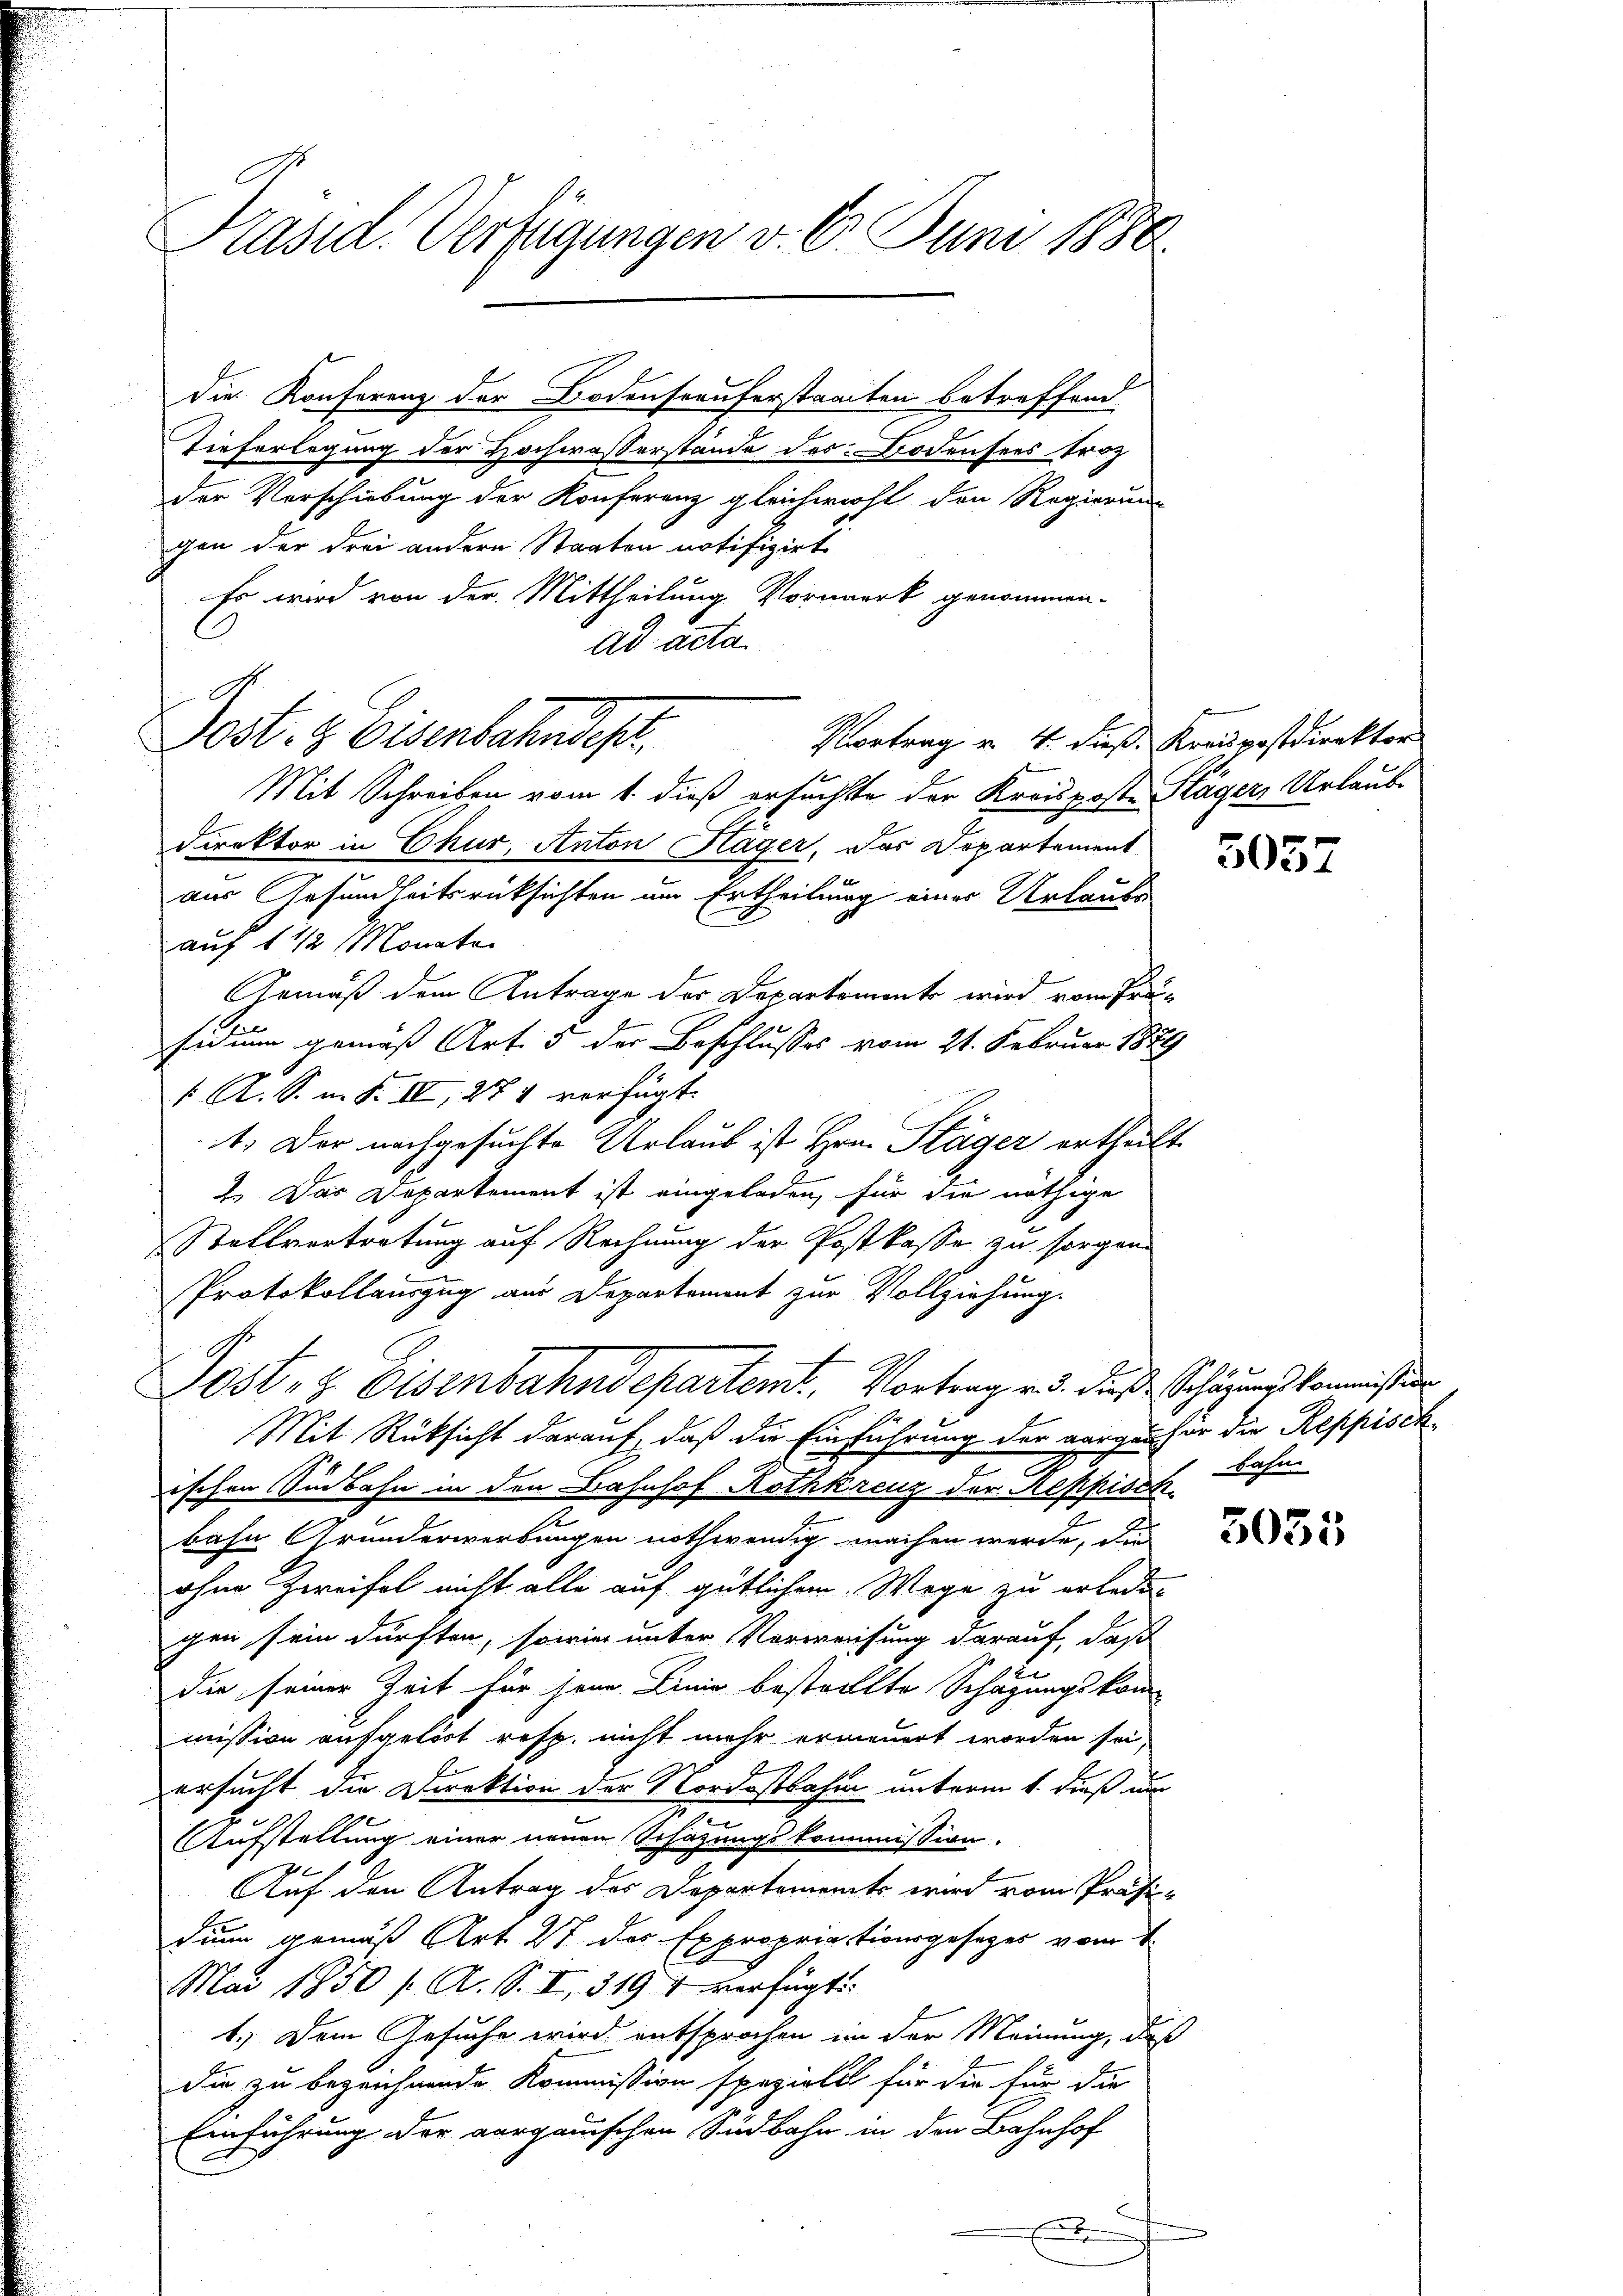
Präsid. Verfügungen v. 6. Juni 1880

Die Konferenz der Bodenseeuferstaaten betreffend
Tieferlegung der Hochwasserstände des Bodensees trot
der Verschiebung der Konferenz gleichwohl den Regierung
gen der drei andern Staaten notifizirt
Es wird von der Mittheilung Vorwerk genommen.
ad acta.
Post. H. Eisenbehandes.
Mit Schreiben vom 1. dieß ersuchte der Kreisposte Klägers Urlaub-
Direktor in Chur, Anton Häger, das Departement
aus Gesundheitsrücksichten um Ertheilung einer Urlaufe
auf 1 1/2 Monate
Gemäß dem Antrage der Departements wird vom Präsidium gemäß Art. 5 der Beschlusses vom 21. Februar 1889
1. A. S. m. S. II, 274 verfügt:
t. Der nachgesuchte Urlaub ist Hrn. Stäger ertheilt
1. Das Departement ist eingeladen, für die nöthige
Stollvertretung auf Rechnung der Postkasse zu sorgen
Protokollauszug aus Departement zur Vollziehung.
Post- & Eisenbahndepartemt. Vortrag u. d. dieß Schäzens kommission
Mit Rücksicht darauf, daß die Einführung der vorgenher die Reppisch
ischen Sinbahn in den Bahnhof Rothkreuz der Reppisch.
n
bahn Grunderwerbungen nothwendig machen werde, die
ohne Zweifel nicht alle auf gütlichem Wege zu erlede
gen sein dürften, sowie unter Verweisung darauf, daß
die seiner Zeit für jene Linie bestrollte Schazungskom-
mission aufgelöst resp. nicht mehr erneuert worden sei,
ersucht die Direktion der Nordostbahn unterm 1. Fuß um
Aufstellung einer neuen Schazungskommission.
b
Auf den Antrag des Departements wird vom Präsi-
din gemäß Art. 27 des Expropriationsgesezes vom 1.
Mai 1850 / A. S. II 319 t verfügt:
1.) Dem Gesuche wird entsprochen in der Meinung, daß
die zu bezeichnende Kommission spezialit für die für die
Einführung der vorganischen Südbahn in den Bahnhof

B

Vortrag u. 4. dieß. Kreispostdirektor

5057

bahn

5035